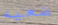
ضعيه